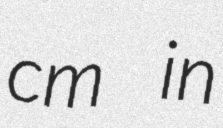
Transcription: cm in